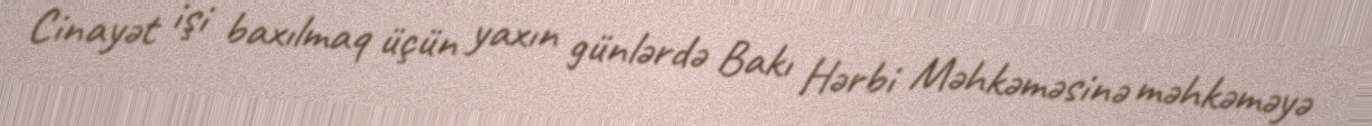
Cinayət işi baxılmaq üçün yaxın günlərdə Bakı Hərbi Məhkəməsinə məhkəməyə